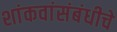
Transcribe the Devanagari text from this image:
शांकवांसंबंधीचे